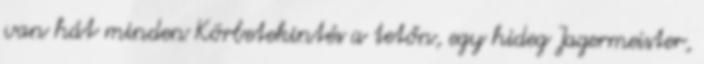
van hát minden Körbetekintés a tetőn, egy hideg Jagermeister,